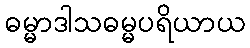
ဓမ္မာဒါသဓမ္မပရိယာယ